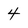
Character: 4